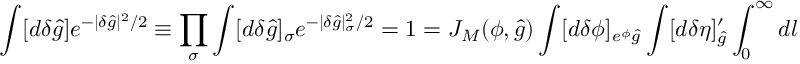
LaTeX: \int [ d \delta { \hat { g } } ] e ^ { - | \delta { \hat { g } } | ^ { 2 } / 2 } \equiv \prod _ { \sigma } \int [ d \delta { \hat { g } } ] _ { \sigma } e ^ { - | \delta { \hat { g } } | _ { \sigma } ^ { 2 } / 2 } = 1 = J _ { M } ( { \cal \phi } , { \hat { g } } ) \int [ d \delta { \cal \phi } ] _ { e ^ { \phi } { \hat { g } } } \int [ d \delta \eta ] _ { \hat { g } } ^ { \prime } \int _ { 0 } ^ { \infty } d l e ^ { - | \delta { \hat { g } } | ^ { 2 } / 2 } \quad ,